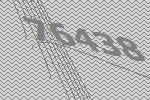
76438